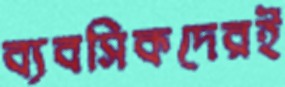
ব্যবসিকদেরই